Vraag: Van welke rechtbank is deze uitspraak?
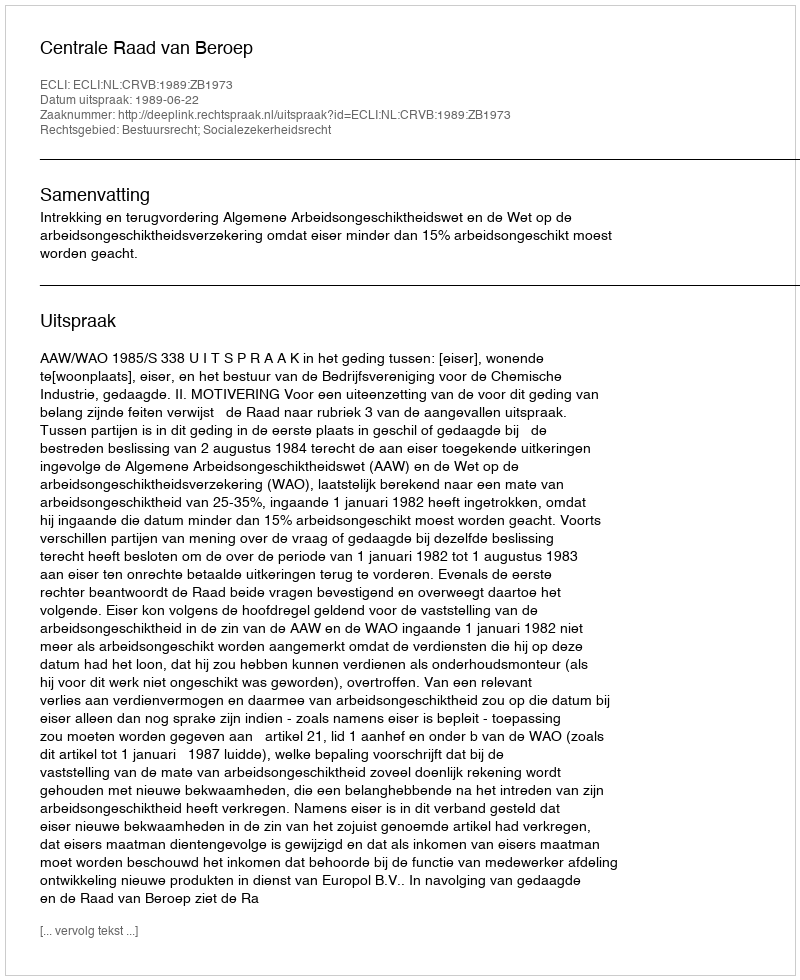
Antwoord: Centrale Raad van Beroep